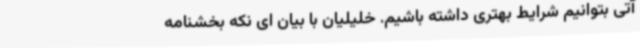
آتی بتوانیم شرایط بهتری داشته باشیم. خلیلیان با بیان ای نکه بخشنامه